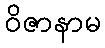
ဝိဇာနာမ